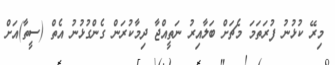
މިރޭ ކުޅުނު ފުރަތަމަ މެޗަށް ބަލާއިރު ނަތީއްޖާ ދިމާކުރަން ގެންގުޅުނު އެތް (ސީތާ)އަށް